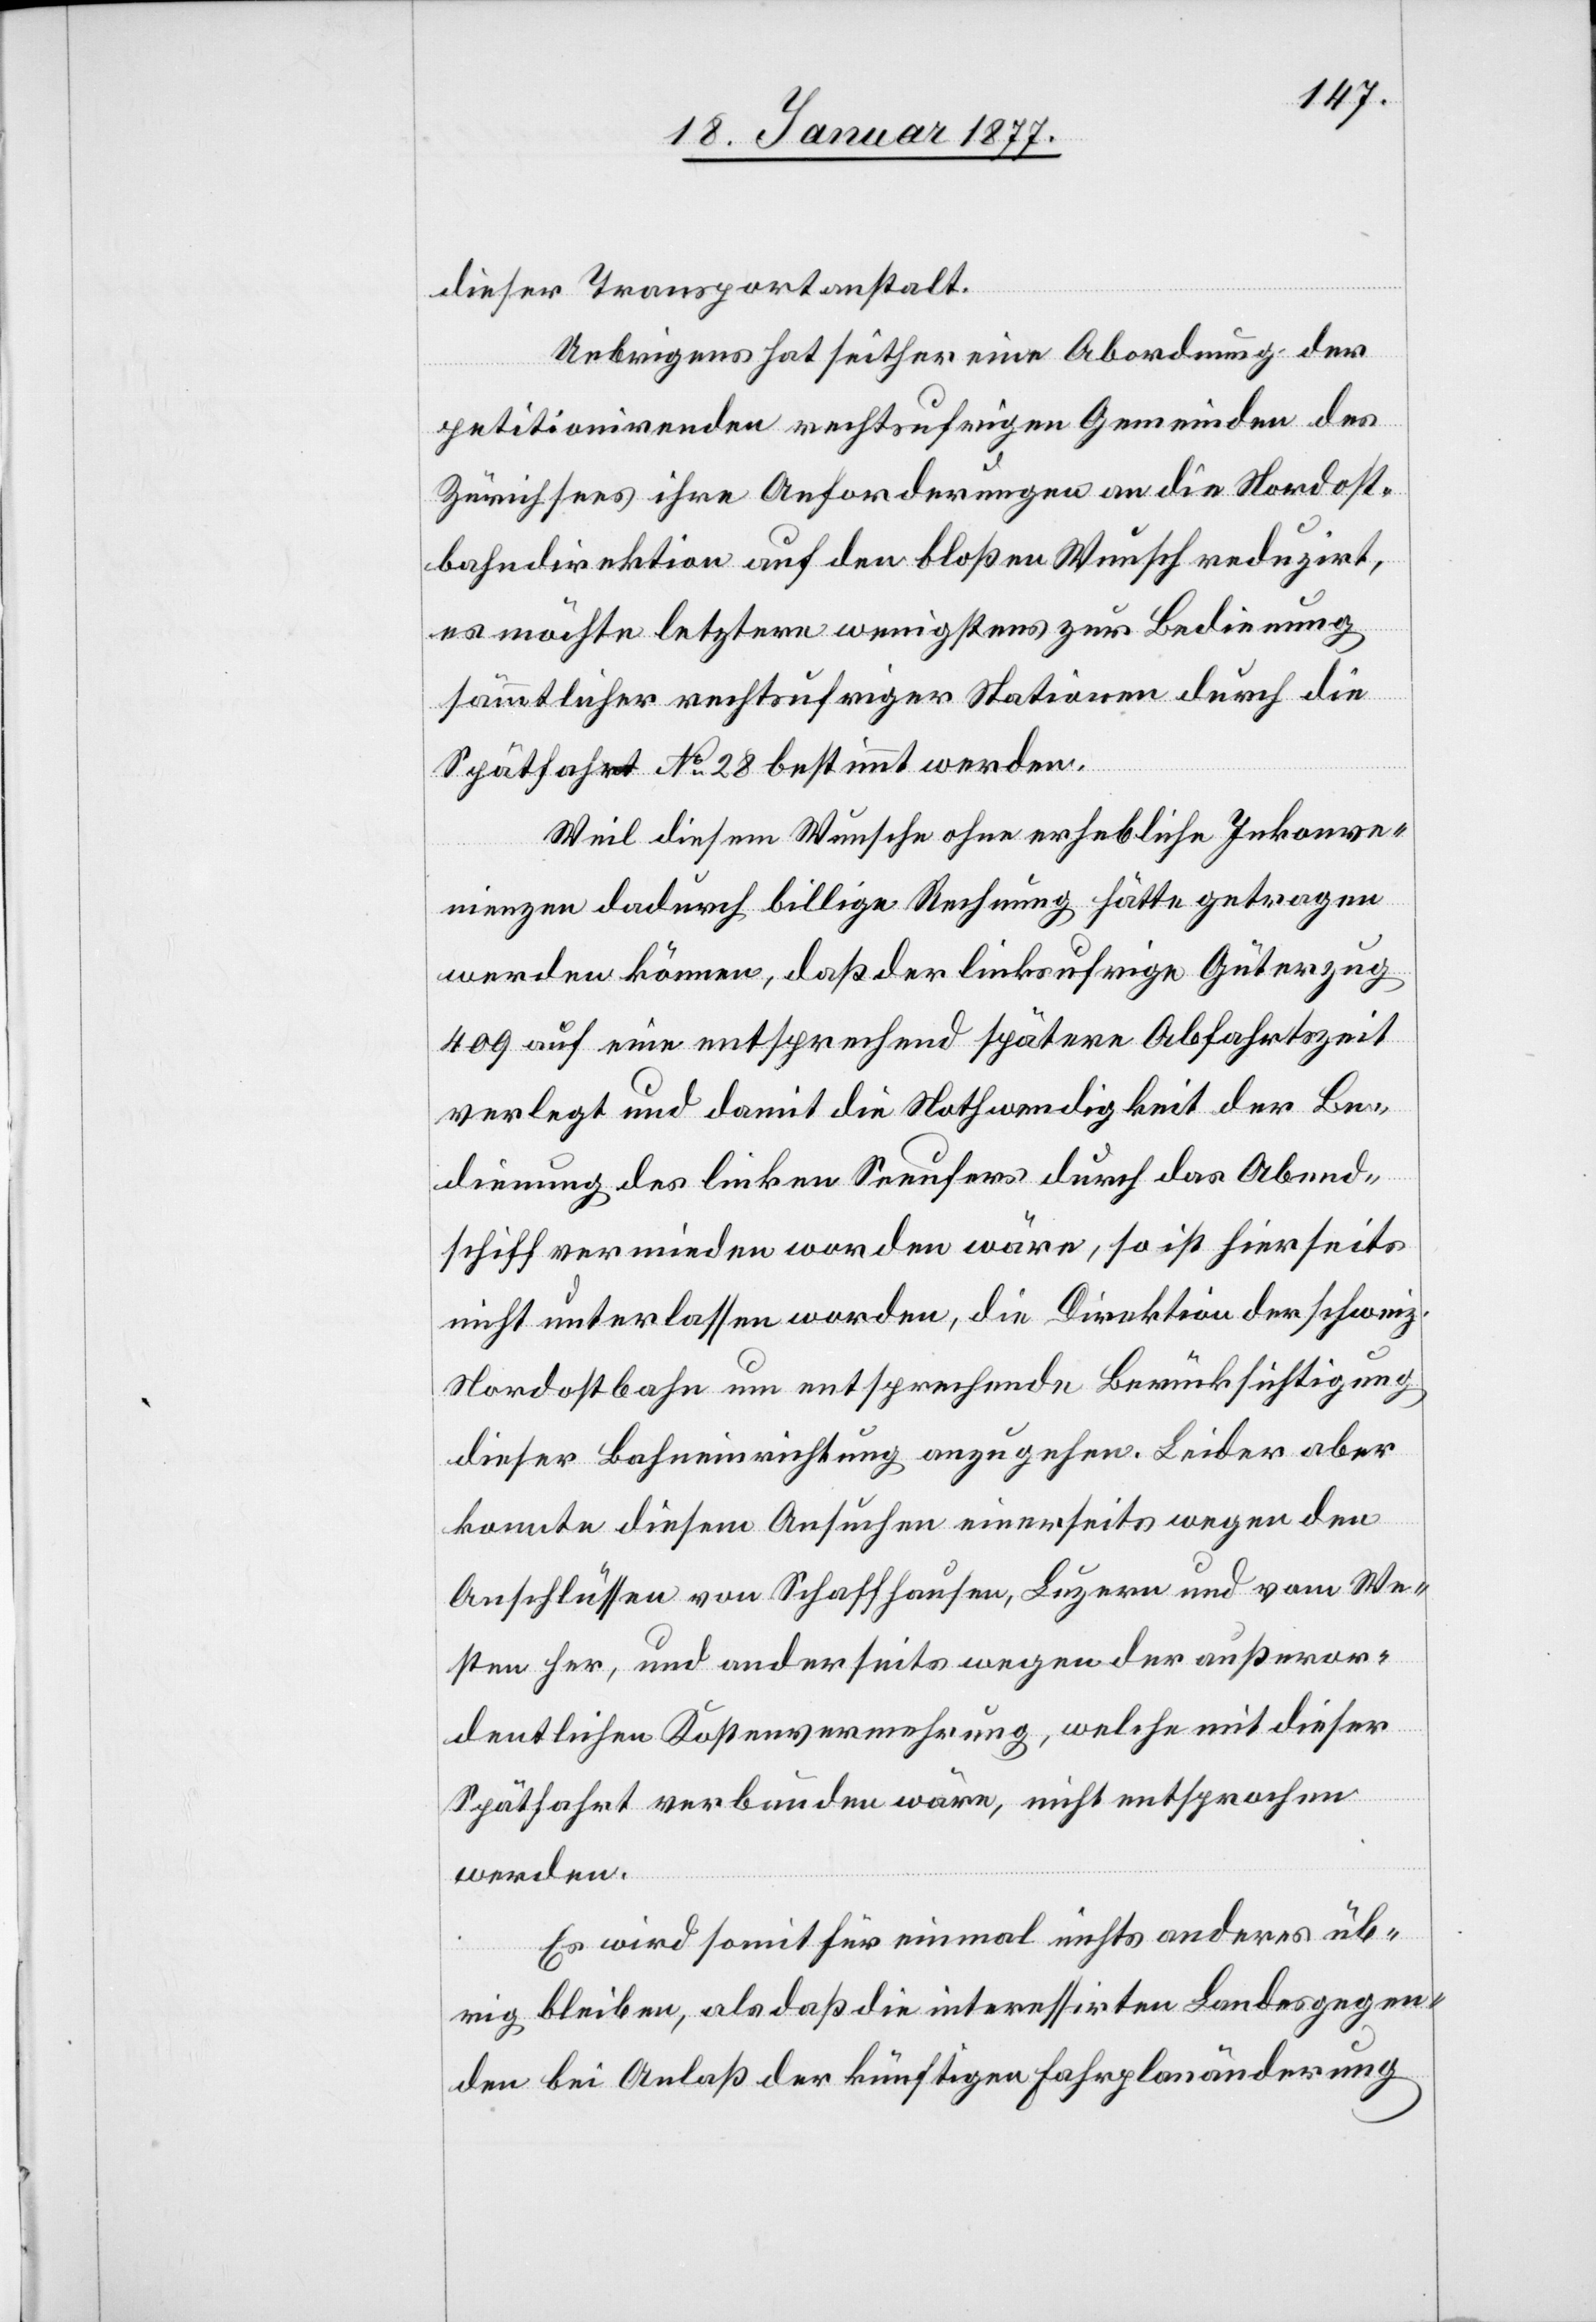
dieser Transportanstalt.
Uebrigens hat seither eine Abordnung der
petitionirenden rechtsufrigen Gemeinden des
Zürichsees ihre Anforderungen an die Nordost¬
bahndirektion auf den bloßen Wunsch reduzirt,
es möchte letztere wenigstens zur Bedienung
sämmtlicher rechtsufrigen Stationen durch die
Spätfahrt No 28 bestimmt werden.
Weil diesem Wunsche ohne erhebliche Inkonve¬
nienzen dadurch billige Rechnung hätte getragen
werden können, daß der linksufrige Güterzug
409 auf eine entsprechend spätere Abfahrtszeit
verlegt und damit die Nothwendigkeit der Be¬
dienung des linken Seeufers durch das Abend¬
schiff vermieden worden wäre, so ist hierseits
nicht unterlassen worden, die Direktion der schweiz.
Nordostbahn um entsprechende Berücksichtigung
dieser Bahneinrichtung anzugehen. Leider aber
konnte diesem Ansuchen einerseits wegen den
Anschlüssen von Schaffhausen, Luzern und vom We¬
sten her, und anderseits wegen der außeror¬
dentlichen Kostenvermehrung, welche mit dieser
Spätfahrt verbunden wäre, nicht entsprochen
werden.
Es wird somit für einmal nichts anderes üb¬
rig bleiben, als daß die interessirten Landesgegen¬
den bei Anlaß der künftigen Fahrplanänderung